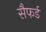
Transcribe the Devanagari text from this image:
सैफर्ड